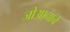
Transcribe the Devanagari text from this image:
जोआनाचे